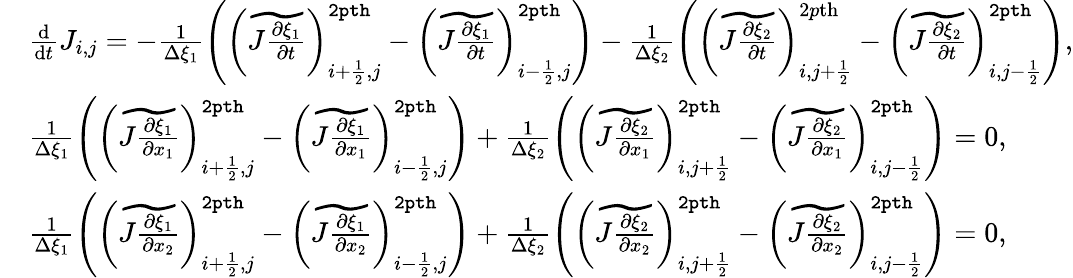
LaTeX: \begin{array}{rl}&{\frac{\mathrm{d}}{\mathrm{d}t}J_{i,j}=-\frac{1}{\Delta\xi_{1}}\left(\left(\widetilde{J\frac{\partial\xi_{1}}{\partial t}}\right)_{i+\frac{1}{2},j}^{\tt 2pth}-\left(\widetilde{J\frac{\partial\xi_{1}}{\partial t}}\right)_{i-\frac{1}{2},j}^{\tt 2pth}\right)-\frac{1}{\Delta\xi_{2}}\left(\left(\widetilde{J\frac{\partial\xi_{2}}{\partial t}}\right)_{i,j+\frac{1}{2}}^{2p\mathrm{th}}-\left(\widetilde{J\frac{\partial\xi_{2}}{\partial t}}\right)_{i,j-\frac{1}{2}}^{\tt 2pth}\right),}\\ &{\frac{1}{\Delta\xi_{1}}\left(\left(\widetilde{J\frac{\partial\xi_{1}}{\partial x_{1}}}\right)_{i+\frac{1}{2},j}^{{\tt 2pth}}-\left(\widetilde{J\frac{\partial\xi_{1}}{\partial x_{1}}}\right)_{i-\frac{1}{2},j}^{{\tt 2pth}}\right)+\frac{1}{\Delta\xi_{2}}\left(\left(\widetilde{J\frac{\partial\xi_{2}}{\partial x_{1}}}\right)_{i,j+\frac{1}{2}}^{{\tt 2pth}}-\left(\widetilde{J\frac{\partial\xi_{2}}{\partial x_{1}}}\right)_{i,j-\frac{1}{2}}^{{\tt 2pth}}\right)=0,}\\ &{\frac{1}{\Delta\xi_{1}}\left(\left(\widetilde{J\frac{\partial\xi_{1}}{\partial x_{2}}}\right)_{i+\frac{1}{2},j}^{{\tt 2pth}}-\left(\widetilde{J\frac{\partial\xi_{1}}{\partial x_{2}}}\right)_{i-\frac{1}{2},j}^{{\tt 2pth}}\right)+\frac{1}{\Delta\xi_{2}}\left(\left(\widetilde{J\frac{\partial\xi_{2}}{\partial x_{2}}}\right)_{i,j+\frac{1}{2}}^{{\tt 2pth}}-\left(\widetilde{J\frac{\partial\xi_{2}}{\partial x_{2}}}\right)_{i,j-\frac{1}{2}}^{{\tt 2pth}}\right)=0,}\end{array}